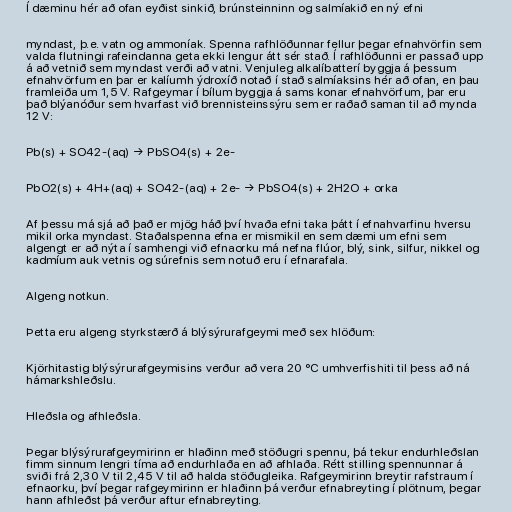
Í dæminu hér að ofan eyðist sinkið, brúnsteinninn og salmíakið en ný efni

myndast, þ.e. vatn og ammoníak. Spenna rafhlöðunnar fellur þegar efnahvörfin sem
valda flutningi rafeindanna geta ekki lengur átt sér stað. Í rafhlöðunni er passað upp
á að vetnið sem myndast verði að vatni. Venjuleg alkalíbatterí byggja á þessum
efnahvörfum en þar er kalíumh ýdroxíð notað í stað salmíaksins hér að ofan, en þau
framleiða um 1,5 V. Rafgeymar í bílum byggja á sams konar efnahvörfum, þar eru
það blýanóður sem hvarfast við brennisteinssýru sem er raðað saman til að mynda
12 V:

Pb(s) + SO42-(aq) → PbSO4(s) + 2e-

PbO2(s) + 4H+(aq) + SO42-(aq) + 2e- → PbSO4(s) + 2H2O + orka

Af þessu má sjá að það er mjög háð því hvaða efni taka þátt í efnahvarfinu hversu
mikil orka myndast. Staðalspenna efna er mismikil en sem dæmi um efni sem
algengt er að nýta í samhengi við efnaorku má nefna flúor, blý, sink, silfur, nikkel og
kadmíum auk vetnis og súrefnis sem notuð eru í efnarafala.

Algeng notkun.

Þetta eru algeng styrkstærð á blýsýrurafgeymi með sex hlöðum:

Kjörhitastig blýsýrurafgeymisins verður að vera 20 °C umhverfishiti til þess að ná
hámarkshleðslu.

Hleðsla og afhleðsla.

Þegar blýsýrurafgeymirinn er hlaðinn með stöðugri spennu, þá tekur endurhleðslan
fimm sinnum lengri tíma að endurhlaða en að afhlaða. Rétt stilling spennunnar á
sviði frá 2,30 V til 2,45 V til að halda stöðugleika. Rafgeymirinn breytir rafstraum í
efnaorku, því þegar rafgeymirinn er hlaðinn þá verður efnabreyting í plötnum, þegar
hann afhleðst þá verður aftur efnabreyting.